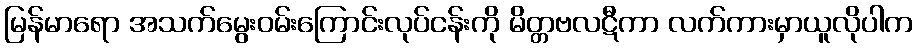
မြန်မာရော အသက်မွေးဝမ်းကြောင်းလုပ်ငန်းကို မိတ္တဗလဋီကာ လက်ကားမှာယူလိုပါက